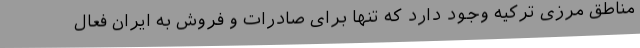
مناطق مرزی ترکیه وجود دارد که تنها برای صادرات و فروش به ایران فعال